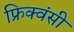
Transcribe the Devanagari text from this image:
फ्रिक्वंसी